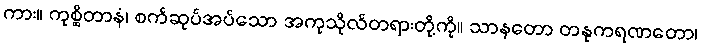
ကား။ ကုစ္ဆိတာနံ၊ စက်ဆုပ်အပ်သော အကုသိုလ်တရားတို့ကို။ သာနတော တနုကရဏတော၊